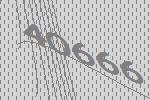
40666